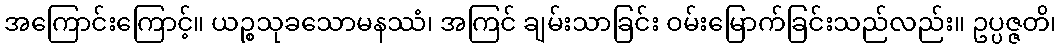
အကြောင်းကြောင့်။ ယဉ္စသုခသောမနဿံ၊ အကြင် ချမ်းသာခြင်း ဝမ်းမြောက်ခြင်းသည်လည်း။ ဥပ္ပဇ္ဇတိ၊